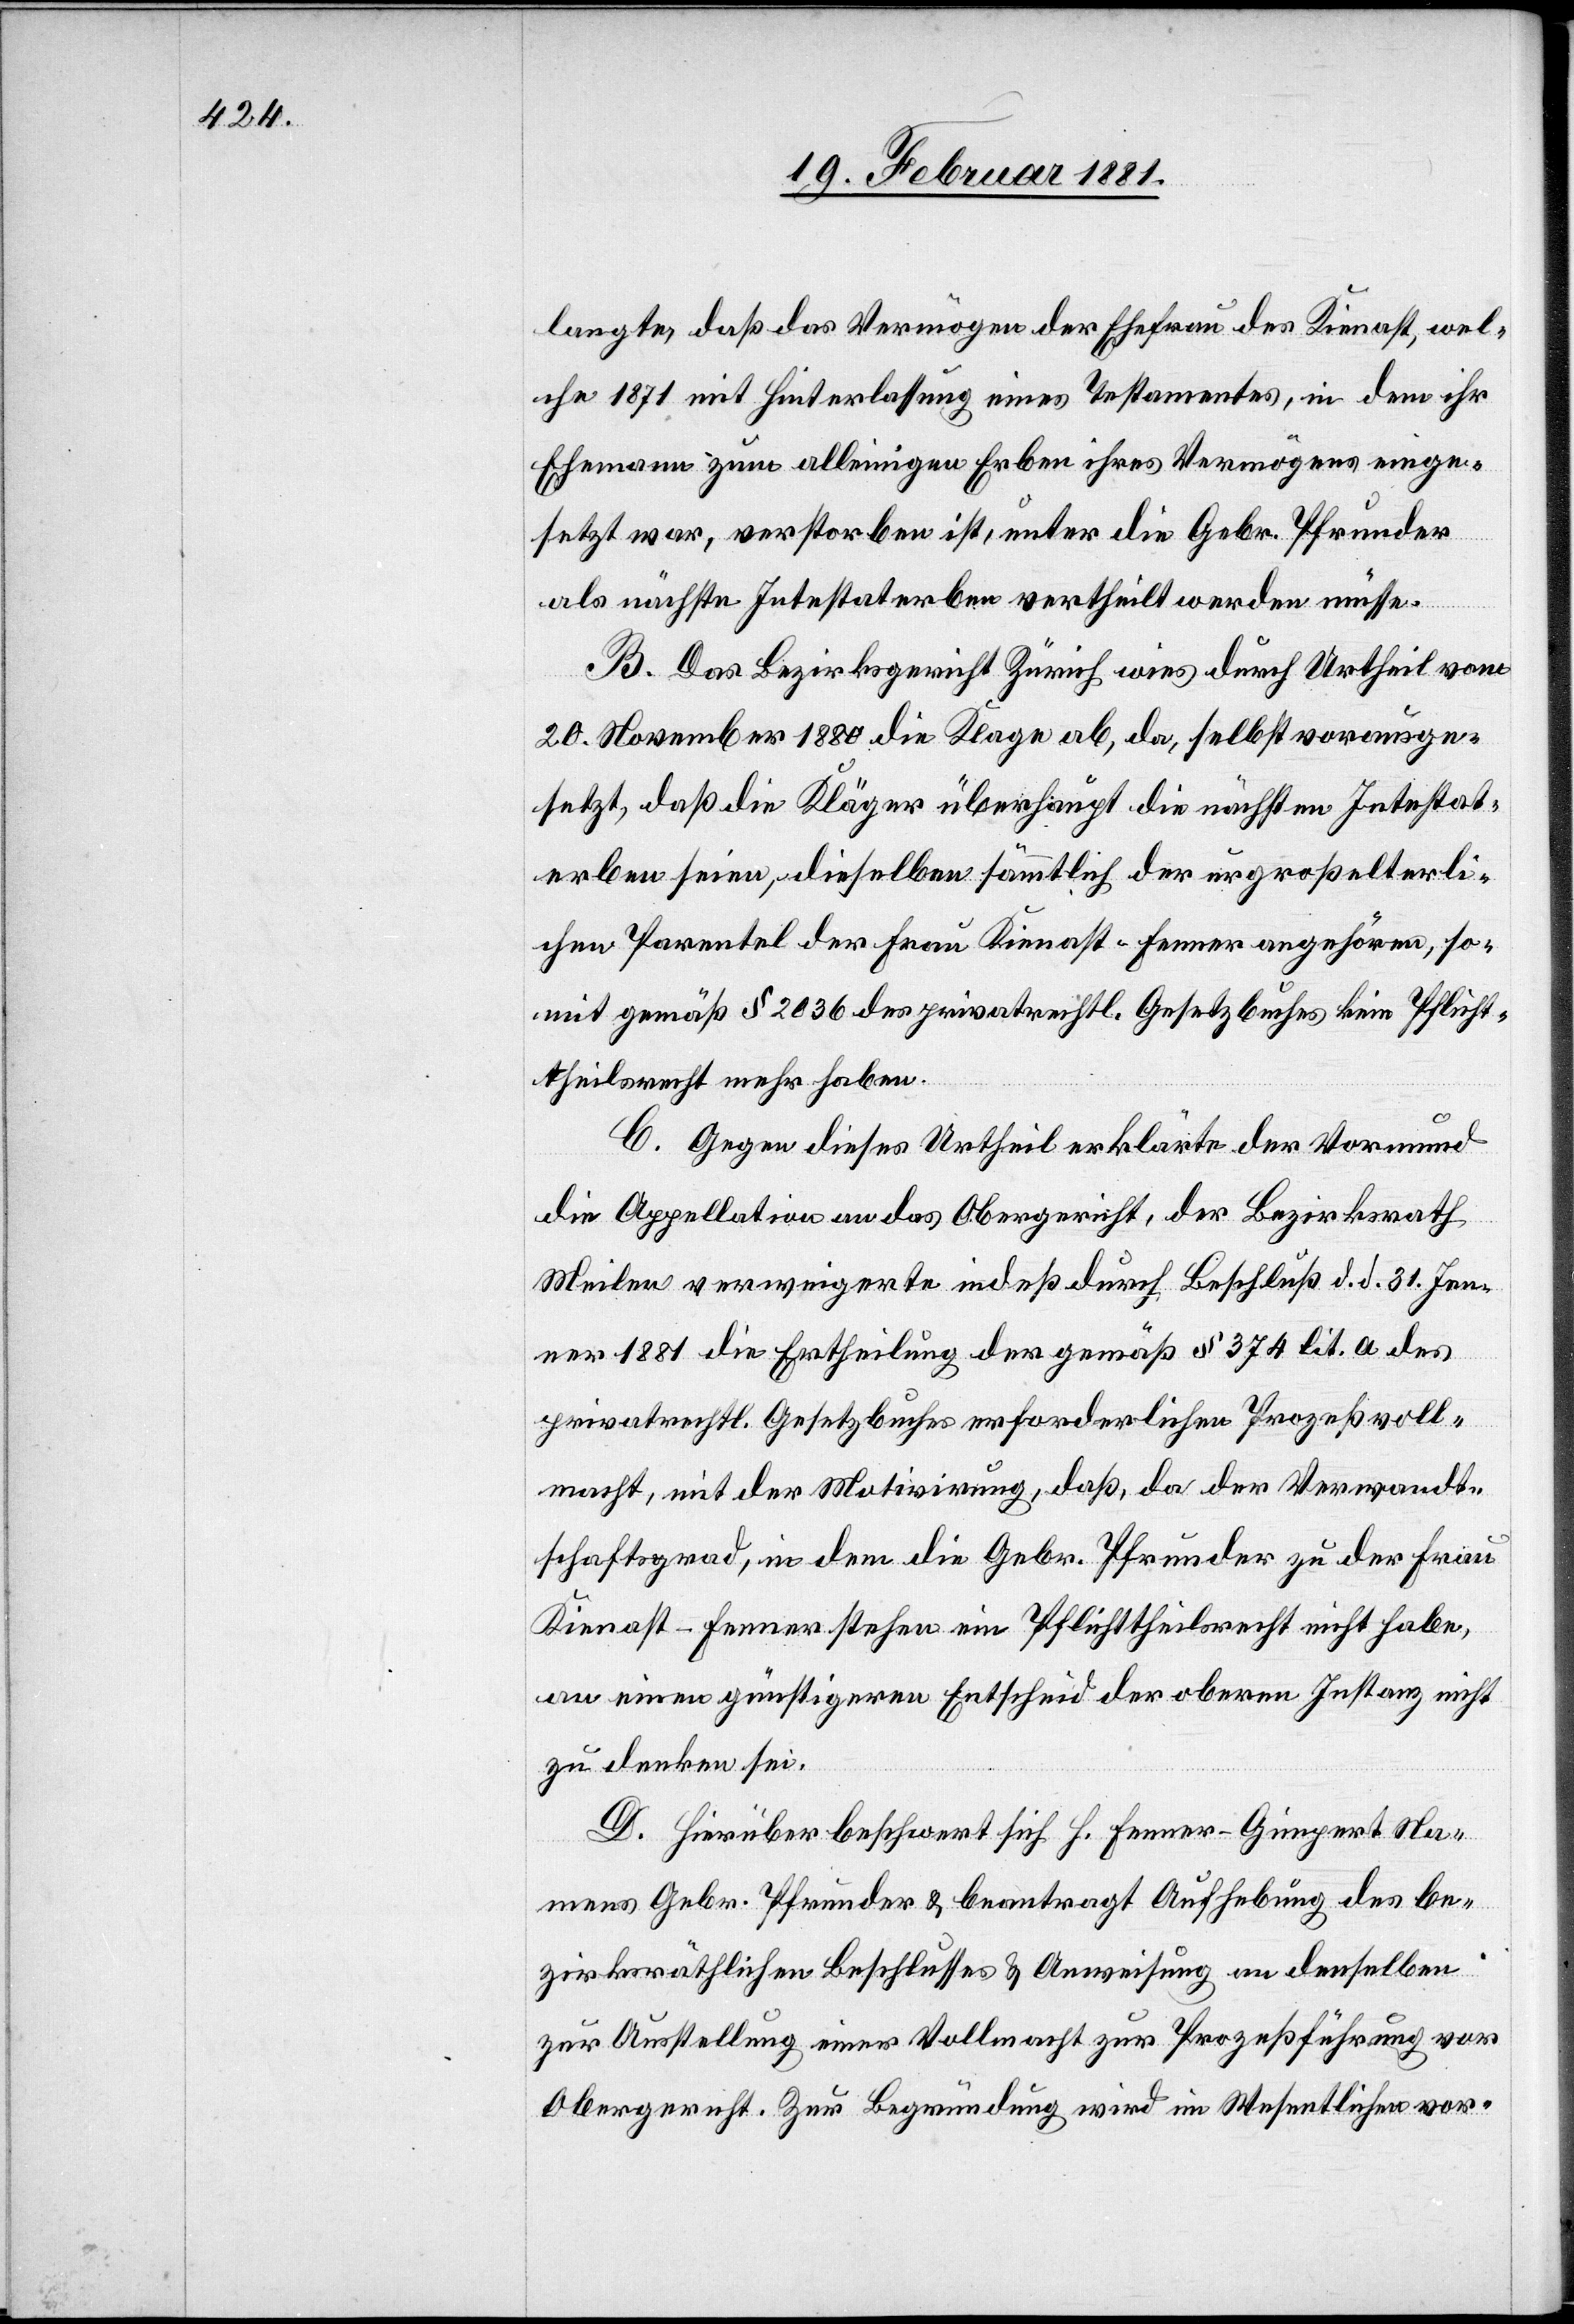
langte, daß das Vermögen der Ehefrau des Kienast, wel¬
che 1871 mit Hinterlassung eines Testamentes, indem ihr
Ehemann zum alleinigen Erben ihres Vermögens einge¬
setzt war, verstorben ist, unter die Gebr. Pfrunder
als nächste Intestaterben vertheilt werden müsse.
B. Das Bezirksgericht Zürich wies durch Urtheil vom
20. November 1880 die Klage ab, da, selbstvorausge¬
setzt, daß die Kläger überhaupt die nächsten Intestat¬
erben seien, dieselben sämmtlich der urgroßelterli¬
chen Parentel der Frau Kienast-Fenner angehören, so¬
mit gemäß § 2036 der privatrechtl. Gesetzbuches kein Pflicht¬
theilsrecht mehr haben.
C. Gegen dieses Urtheil erklärte der Vormund
die Appellation an das Obergericht, der Bezirksrath
Meilen verweigerte indeß durch Beschluß d. d. 31. Jen¬
ner 1881 die Ertheilung der gemäß § 374 lit. a des
privatrechtl. Gesetzbuches erforderlichen Prozeßvoll¬
macht, mit der Motivirung, daß, da der Verwandt¬
schaftsgrad, in dem die Gebr. Pfrunder zu der Frau
Kienast-Fenner stehen ein Pflichttheilsrecht nicht habe,
an einen günstigeren Entscheid der oberen Instant nicht
zu denken sei.
D. Hierüber beschwert sich H. Fenner-Gimpert Na¬
mens Gebr. Pfrunder & beantragt Aufhebung des be¬
zirksräthlichen Beschlusses & Anweisung an denselben
zur Ausstellung einer Vollmacht zur Prozeßführung vor
Obergericht. zur Begründung wird im Wesentlichen vor-